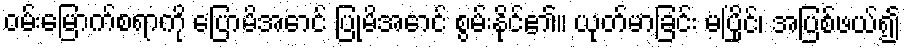
ဝမ်းမြောက်စရာကို ပြောမိအောင် ပြုမိအောင် စွမ်းနိုင်၏။ ယုတ်မာခြင်း မပြိုင်၊ အပြစ်ဖယ်၍